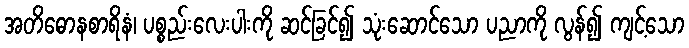
အတိဓောနစာရိနံ၊ ပစ္စည်းလေးပါးကို ဆင်ခြင်၍ သုံးဆောင်သော ပညာကို လွန်၍ ကျင့်သော